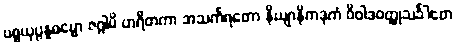
ပစ္စယုပ္ပန္နဓမ္မော ဇဂ္ဂါမိ ဟရီတကာ အသင်္ကရတော နိယျာနိကဒုကံ ဝိဝါဒဝတ္ထုသင်္ခါတေ